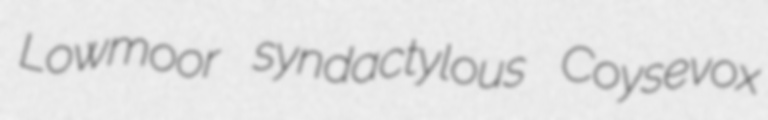
Lowmoor syndactylous Coysevox